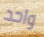
واحد